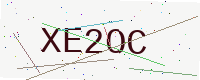
Text: XE2OC